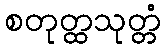
စတုတ္ထသုတ္တံ